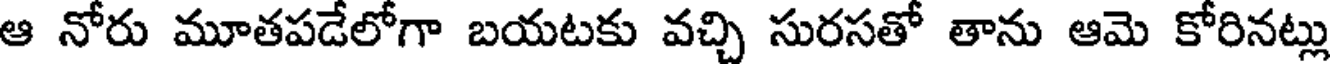
ఆ నోరు మూతపడేలోగా బయటకు వచ్చి సురసతో తాను ఆమె కోరినట్లు